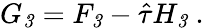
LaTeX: G_{\mathit 3}=F_{\mathit 3}-\hat{\tau}H_{\mathit 3}\ .